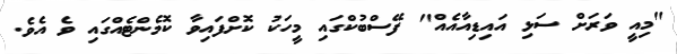
"މިއީ ވަރަށް ސަޅި އައިޑިއާއެއް" ފޭސްބުކްގައި މީހަކު ކޮށްފައިވާ ކޮމެންޓެއްގައި ވެ އެވެ.